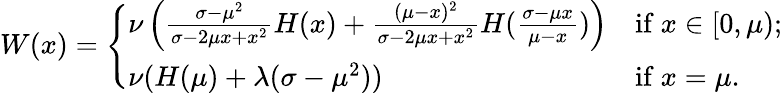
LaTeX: \begin{array}{r}{W(x)=\left\{ \begin{array}{ll}{\nu\left(\frac{\sigma-\mu^{2}}{\sigma-2\mu x+x^{2}}H(x)+\frac{(\mu-x)^{2}}{\sigma-2\mu x+x^{2}}H(\frac{\sigma-\mu x}{\mu-x})\right)}&{\mathrm{if~}x\in[0,\mu);}\\ {\nu(H(\mu)+\lambda(\sigma-\mu^{2}))}&{\mathrm{if~}x=\mu.}\end{array}\right.}\end{array}